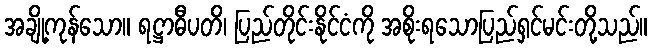
အချို့ကုန်သော။ ရဋ္ဌာဓီပတိ၊ ပြည်တိုင်းနိုင်ငံကို အစိုးရသောပြည်ရှင်မင်းတို့သည်။